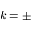
k = \pm